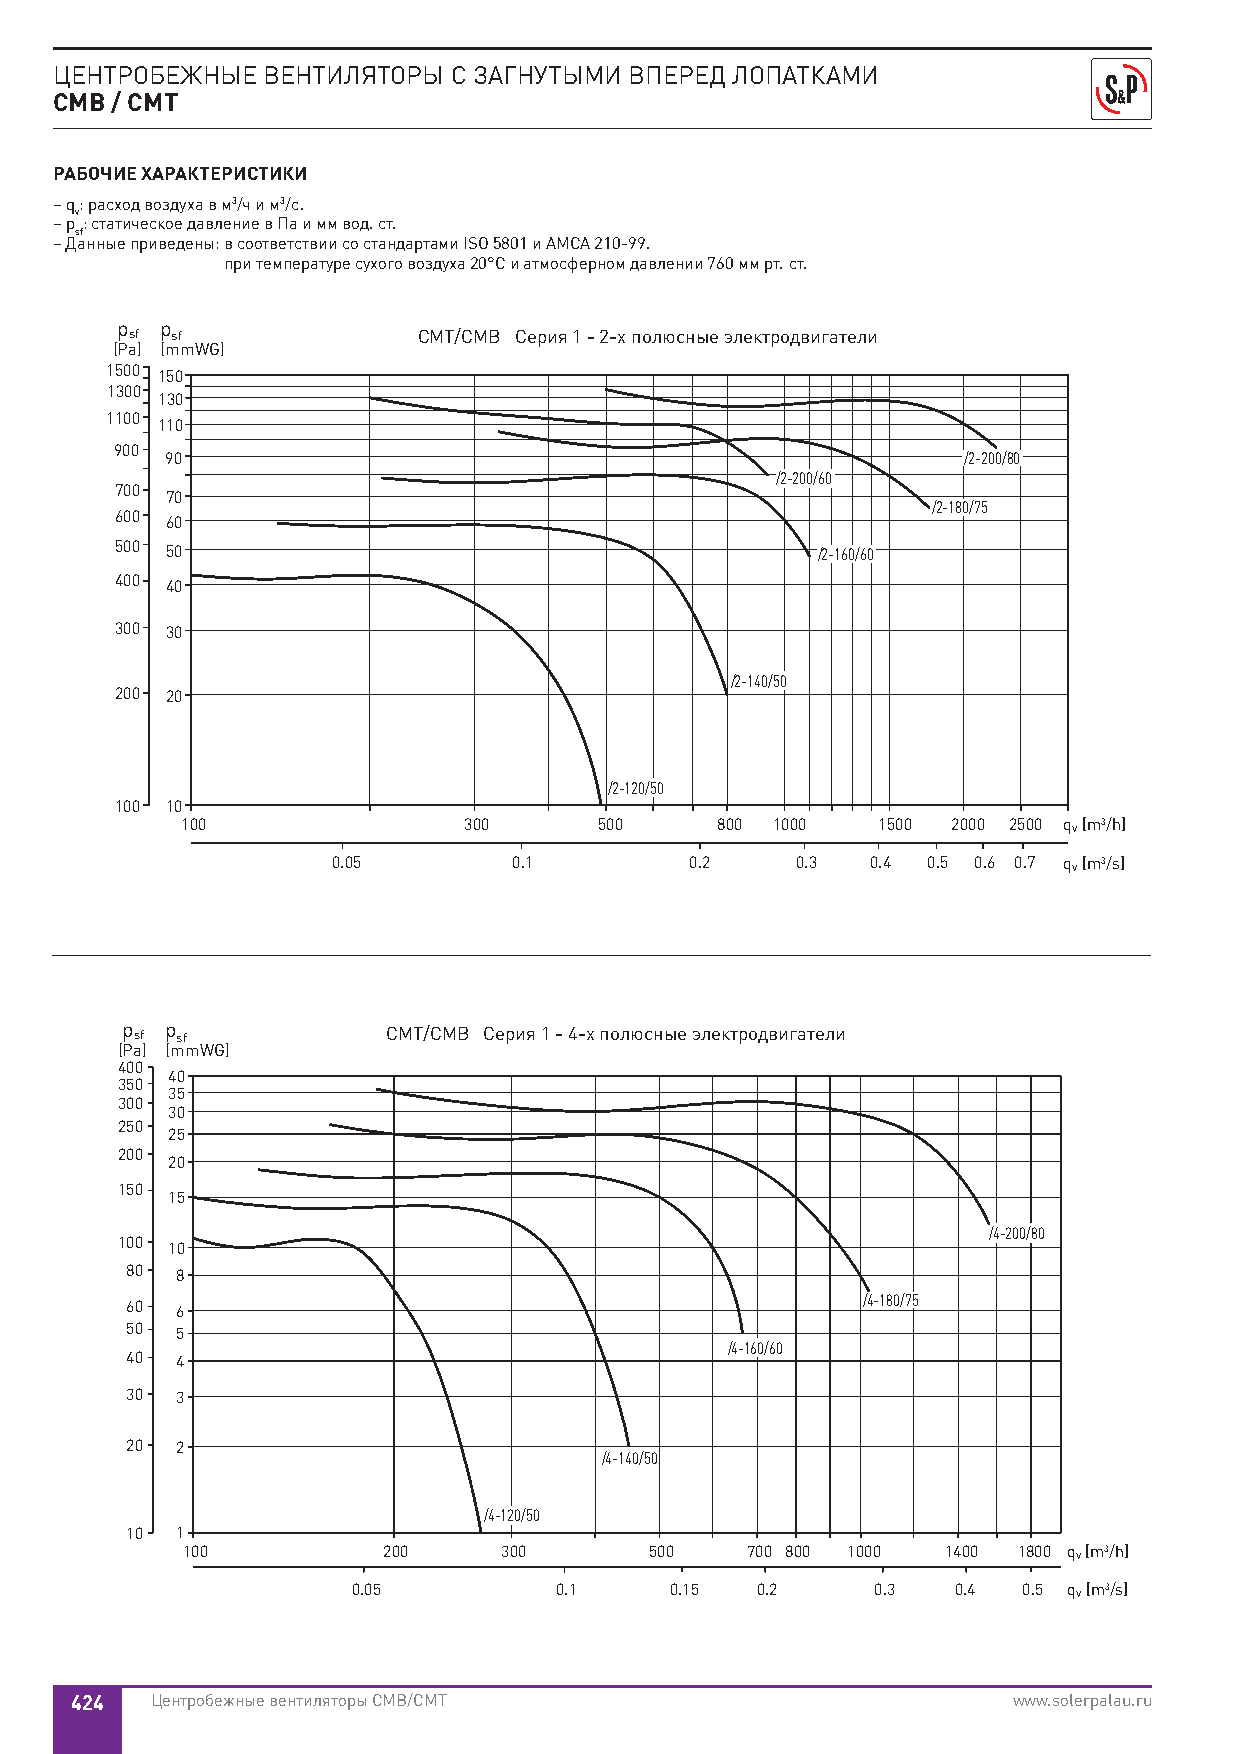
ЦЕНТРОБЕЖНЫЕ ВЕНТИЛЯТОРЫ  С ЗАГНУТЫМИ ВПЕРЕД ЛОПАТКАМИ
 CMB / CMT
 РАБОЧИЕ ХАРАКТЕРИСТИКИ
 – q: расход воздуха в м3/ч и м3/с.
 v
 – p : статическое давление в Па и мм вод. ст.
 sf
 – Данные приведены: в соответствии со стандартами ISO 5801 и AMCA 210-99.
 при температуре сухого воздуха 20°C и атмосферном давлении 760 мм рт. ст.
 p  p
 sf sf              CMT/CMB Серия 1 - 2-х полюсные электродвигатели
 (Pa) (mmWG)
 1500 150
 1300
 130
 1100
 110
 900
 90                                                   /2-200/80
 /2-200/60
 700
 70
 /2-180/75
 600 60
 500 50                                        /2-160/60
 400 40
 300 30
 /2-140/50
 200 20
 /2-120/50
 100 10
 100                300      500    800 1000   1500 2000 2500 qv [m3/h]
 0.05        0.1         0.2    0.3  0.4 0.5 0.6 0.7 qv [m3/s]
 p sf p sf         CMT/CMB Серия 1 - 4-х полюсные электродвигатели
 (Pa) (mmWG)
 400
 40
 350
 35
 300
 30
 250
 25
 200
 20
 150
 15
 /4-200/80
 100 10
 80  8
 /4-180/75
 60  6
 50  5
 /4-160/60
 40  4
 30  3
 20  2
 /4-140/50
 /4-120/50
 10  1
 100          200     300       500   700 800 1000  1400 1800 qv [m3/h]
 0.05          0.1    0.15  0.2     0.3  0.4  0.5 qv [m3/s]
 424  Центробежные вентиляторы CMB/CMT                         www.solerpalau.ru